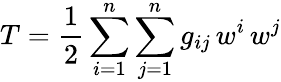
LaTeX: T={\frac{1}{2}}\sum_{i=1}^{n}\sum_{j=1}^{n}g_{ij}\, w^{i}\, w^{j}